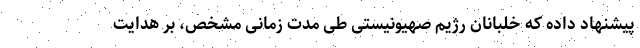
پیشنهاد داده که خلبانان رژیم صهیونیستی طی مدت زمانی مشخص، بر هدایت